Civil Veterinary Department Bengal reports 1933-51 - 1933-1951
Year: 1933
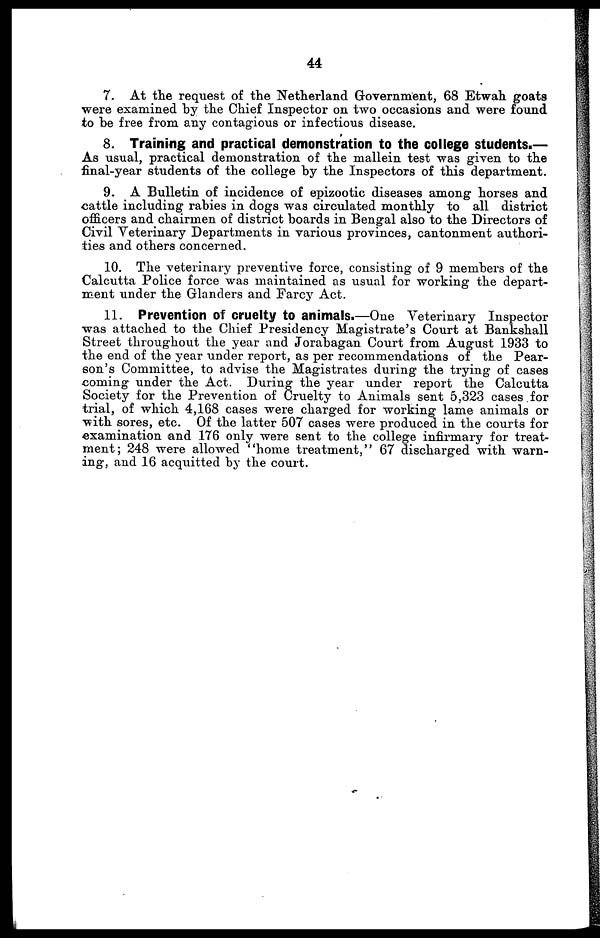
44
7. At the request of the Netherland Government, 68 Etwah goats
were examined by the Chief Inspector on two occasions and were found
to be free from any contagious or infectious disease.
8. Training and practical demonstration to the college students.—
As usual, practical demonstration of the mallein test was given to the
final-year students of the college by the Inspectors of this department.
9. A Bulletin of incidence of epizootic diseases among horses and
cattle including rabies in dogs was circulated monthly to all district
officers and chairmen of district boards in Bengal also to the Directors of
Civil Veterinary Departments in various provinces, cantonment authori-
ties and others concerned.
10. The veterinary preventive force, consisting of 9 members of the
Calcutta Police force was maintained as usual for working the depart-
ment under the Glanders and Farcy Act.
11. Prevention of cruelty to animals.—One Veterinary Inspector
was attached to the Chief Presidency Magistrate's Court at Bankshall
Street throughout the year and Jorabagan Court from August 1933 to
the end of the year under report, as per recommendations of the Pear-
son's Committee, to advise the Magistrates during the trying of cases
coming under the Act. During the year under report the Calcutta
Society for the Prevention of Cruelty to Animals sent 5,323 cases for
trial, of which 4,168 cases were charged for working lame animals or
with sores, etc. Of the latter 507 cases were produced in the courts for
examination and 176 only were sent to the college infirmary for treat-
ment ; 248 were allowed "home treatment," 67 discharged with warn-
ing, and 16 acquitted by the court.